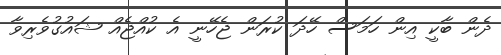
ދެން ބާކީ އިން ހަމަސް ހޭދަ ކުރަން ޖެހޭނީ އެ ކުއްޖެއް ޝައުގުވެރިވާ